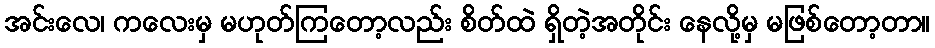
အင်းလေ၊ ကလေးမှ မဟုတ်ကြတော့လည်း စိတ်ထဲ ရှိတဲ့အတိုင်း နေလို့မှ မဖြစ်တော့တာ။